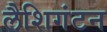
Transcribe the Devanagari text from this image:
लैशिगंटन